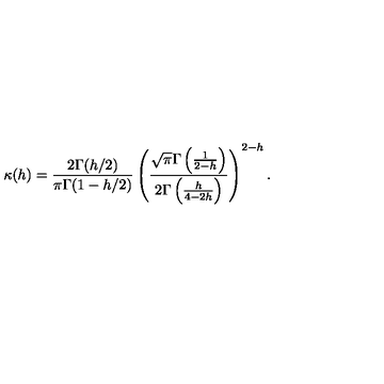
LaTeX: \kappa ( h ) = \frac { 2 \Gamma ( h / 2 ) } { \pi \Gamma ( 1 - h / 2 ) } \left( \frac { \sqrt { \pi } \Gamma \left( \frac { 1 } { 2 - h } \right) } { 2 \Gamma \left( \frac { h } { 4 - 2 h } \right) } \right) ^ { 2 - h } .